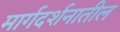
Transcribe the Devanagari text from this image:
मार्गदर्शनातील